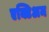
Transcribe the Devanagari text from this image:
एक्टिअम